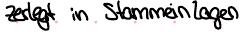
zerlegt in Stammeinlagen